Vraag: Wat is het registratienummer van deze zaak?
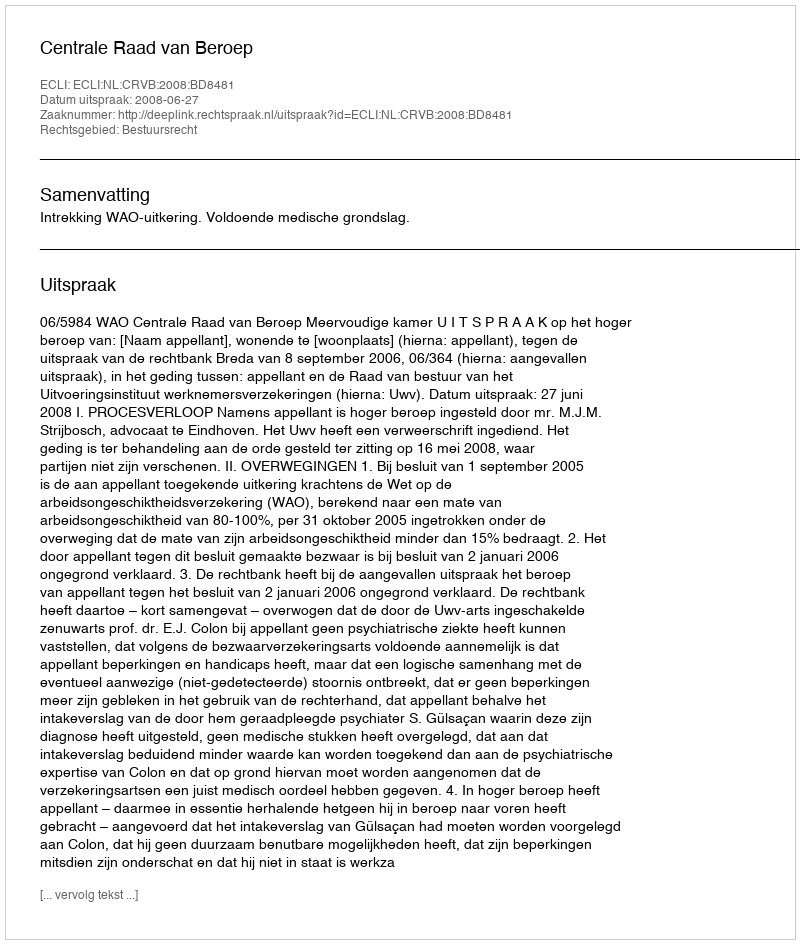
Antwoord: http://deeplink.rechtspraak.nl/uitspraak?id=ECLI:NL:CRVB:2008:BD8481